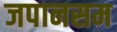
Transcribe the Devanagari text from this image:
जपानसम